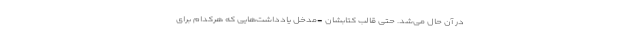
در آن حال می‌شد. حتی قالب کتابشان -مدخل یادداشت‌هایی که هرکدام برای